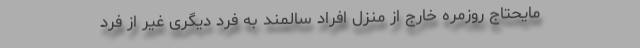
مایحتاج روزمره خارج از منزل افراد سالمند به فرد دیگری غیر از فرد